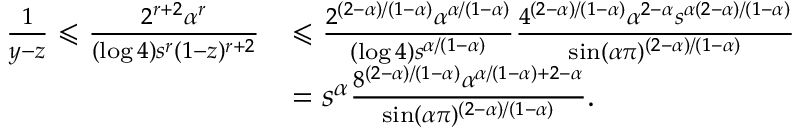
\begin{array} { r l } { \frac { 1 } { y - z } \leqslant \frac { 2 ^ { r + 2 } \alpha ^ { r } } { ( \log 4 ) s ^ { r } ( 1 - z ) ^ { r + 2 } } } & { \leqslant \frac { 2 ^ { ( 2 - \alpha ) / ( 1 - \alpha ) } \alpha ^ { \alpha / ( 1 - \alpha ) } } { ( \log 4 ) s ^ { \alpha / ( 1 - \alpha ) } } \frac { 4 ^ { ( 2 - \alpha ) / ( 1 - \alpha ) } \alpha ^ { 2 - \alpha } s ^ { \alpha ( 2 - \alpha ) / ( 1 - \alpha ) } } { \sin ( \alpha \pi ) ^ { ( 2 - \alpha ) / ( 1 - \alpha ) } } } \\ & { = s ^ { \alpha } \frac { 8 ^ { ( 2 - \alpha ) / ( 1 - \alpha ) } \alpha ^ { \alpha / ( 1 - \alpha ) + 2 - \alpha } } { \sin ( \alpha \pi ) ^ { ( 2 - \alpha ) / ( 1 - \alpha ) } } . } \end{array}